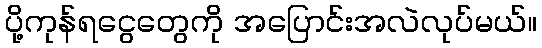
ပို့ကုန်ရငွေတွေကို အပြောင်းအလဲလုပ်မယ်။